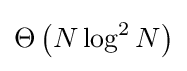
\Theta \left(N\log ^{2}N\right)